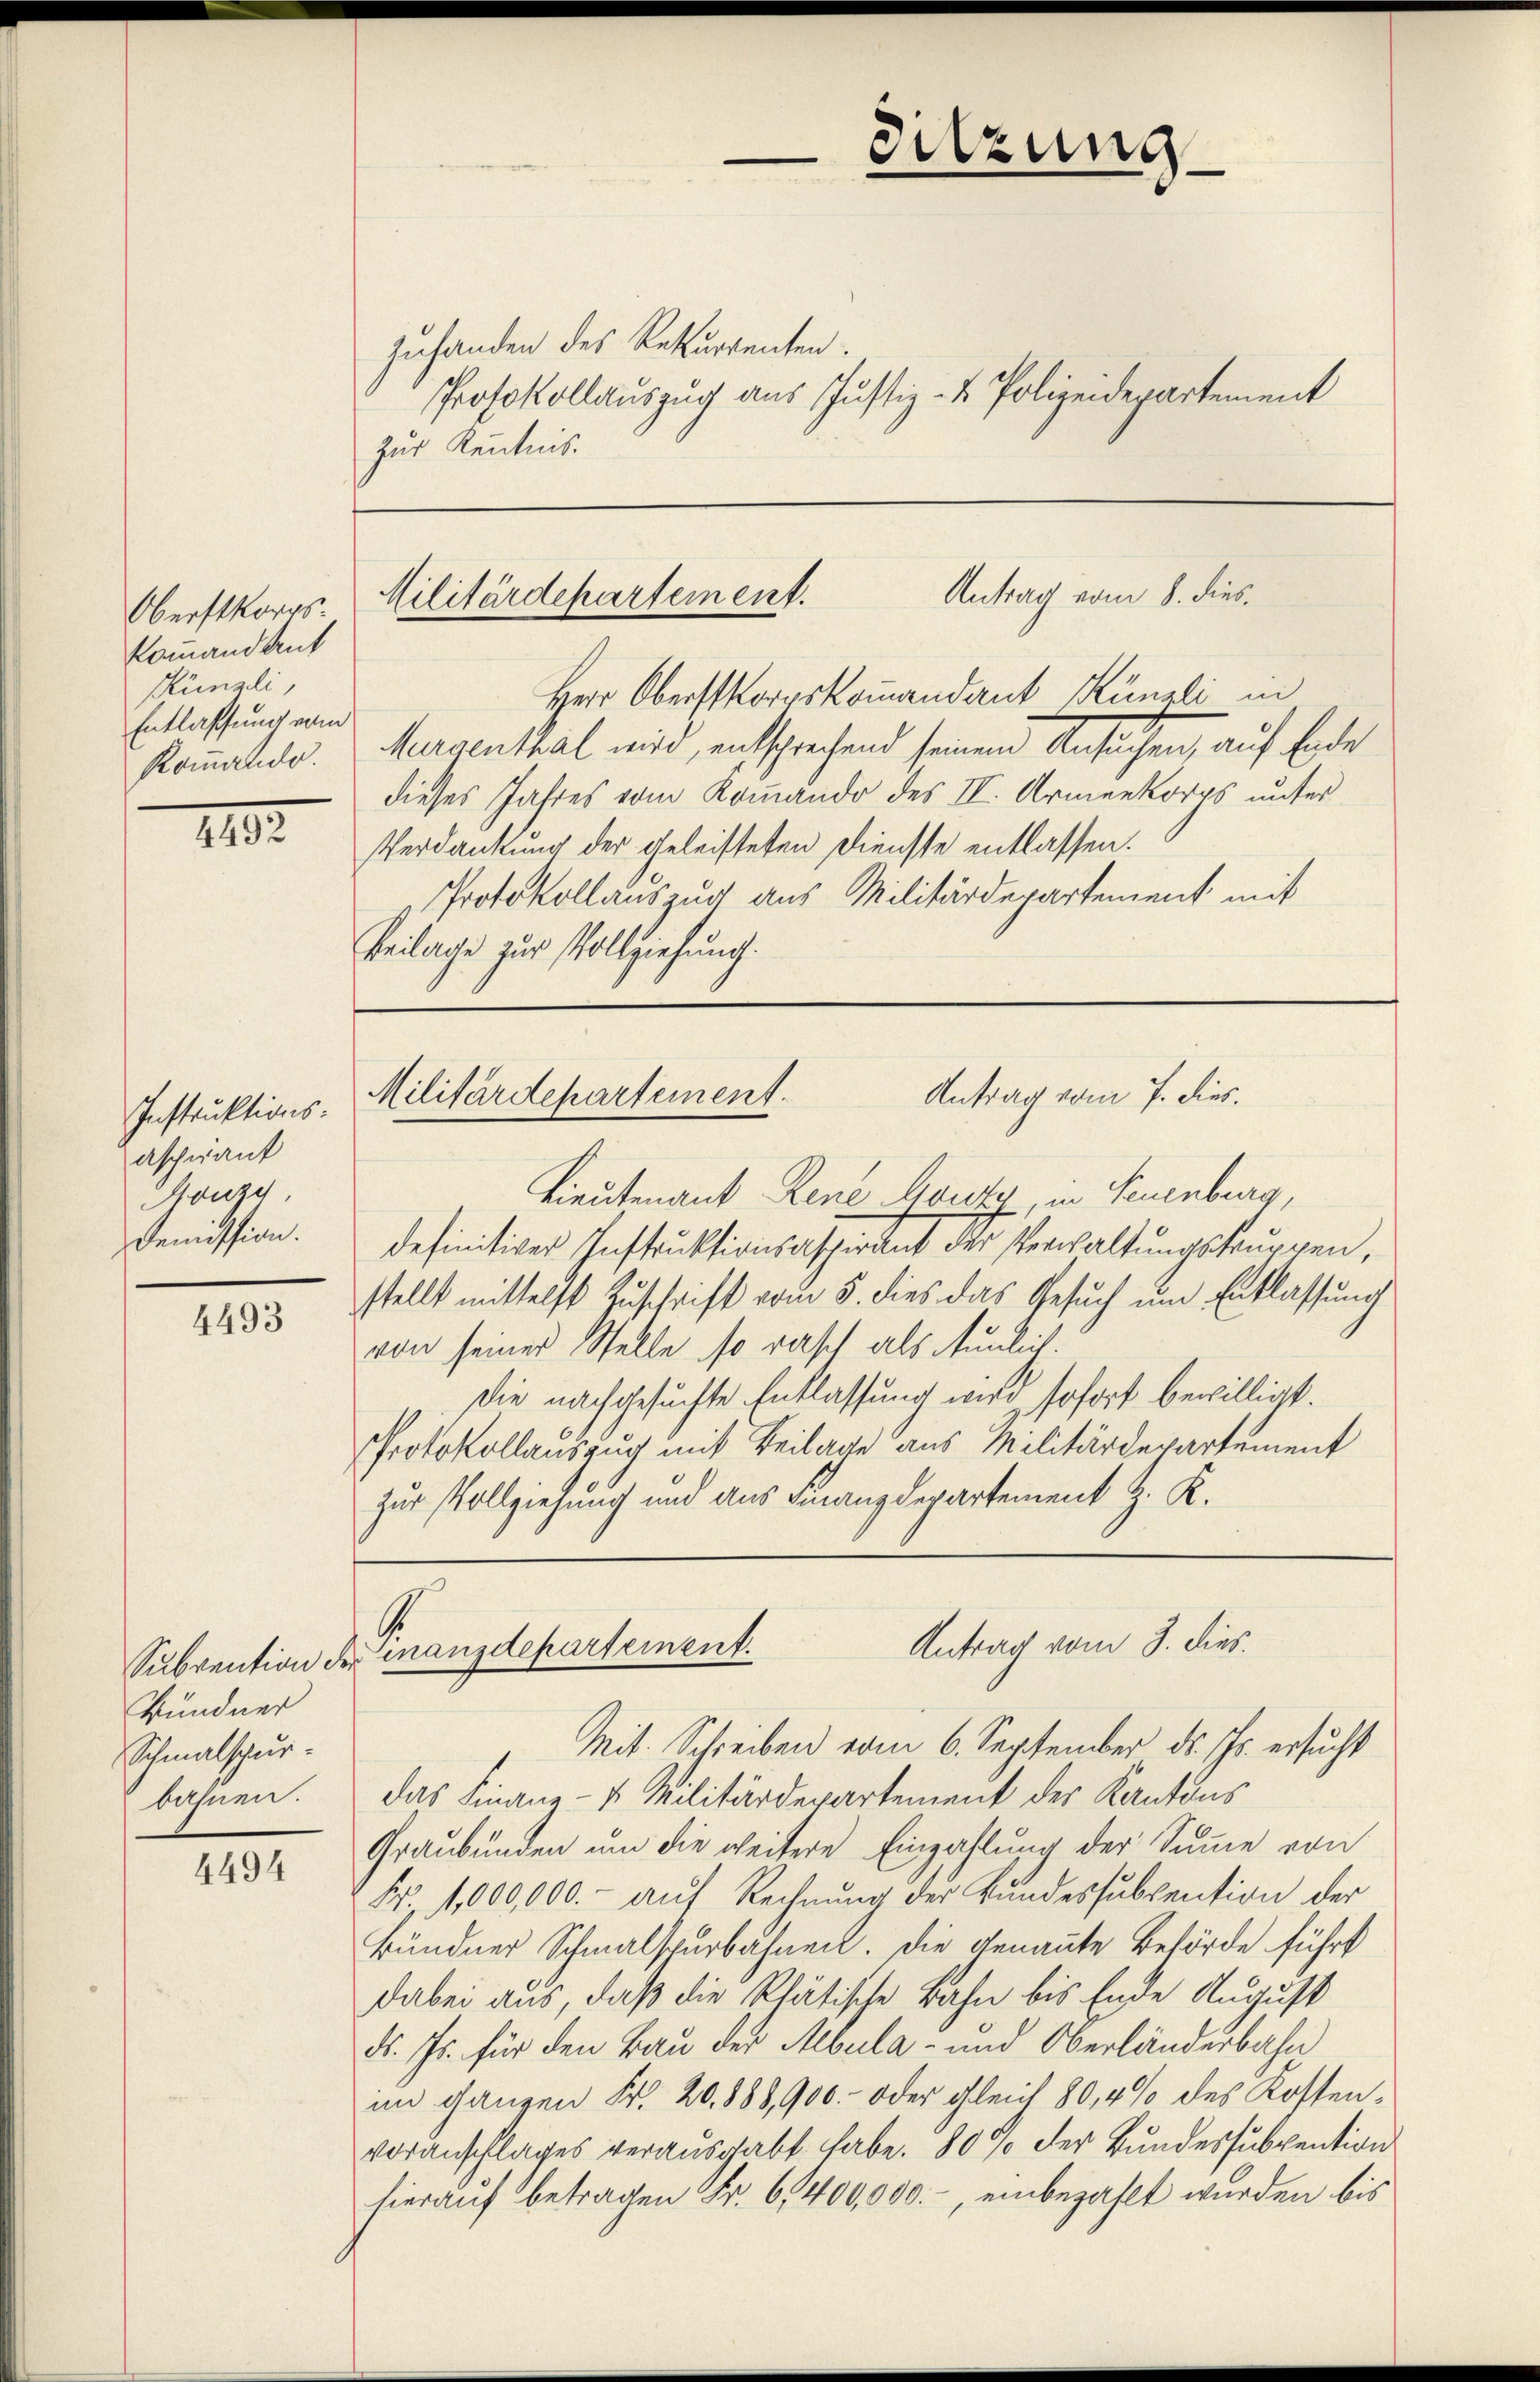
Oberstkorps
kommandant
Künzli,
Entlassung vom
Kommando.

192.

Instruktions-
ascherant
Gonze
Demission.

4493

4494

Antrag vom 8. dies
Militärdepartement.

Bündner
Schmalspur-
bahnen.

Sitzung

Zuhanden des Rekurrenten.
Protokollauszug aus Justiz- & Polizeidepartement
Zur Kenntnis.

Herr Oberstkorpskommandant Künzli in
Magenthal mite, entsprechend seinem Ansuchen, auf Erde
dieses Jahres vom Kommando des II. Armenkorps unter
Verdankung der geleisteten Dienste entlassen.
Protokollauszug aus Militärdepartement mit
keilage zur Vollziehung.

Antrag vom 7. dies.
Militärdepartement.

von seiner Stelle so rasch als unlich.
zur Vollziehung und aus Finanzdepartement z. K.

Lieutenant Rene Gouty, in Neuenburg,
definitiver Instruktionsaspirant der Verwaltungskruppen,
stellt mittelst Zuschrift vom 5. dies das Gesuch um Entlassung
Die nachgesuchte Entlassung wird sofort bewilligt.
Protokollauszug mit Beilage aus Militärdepartement

A
Antrag vom 3. dies.
Subvention der inanzdepartement.
Mit. Schreiben vom 6. September d. Js. ersucht

das Finanz- u. Militärdepartement der Kantons
Graubünden um die weitere Einzahlung der Summe von
Fr. 1,000,000.- aŭf Rechnŭng der Bundessubvention der
Bündner Schmalspurbahnen. Die genannte Behörde führt
dabei aus, daß die Thätische Bahn bis Ende August
d. Js. für den Bau der Albula - und Oberländerbahn
im ganzen Fr. 20. 888,900.- oder gleich 80,4% des Kostenvoranschlages verausgabt habe. 80 % der Bundessubvention
hierauf betragen Fr. 6,400,000.- einbezahlt wurden bis